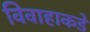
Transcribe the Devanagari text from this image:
विवाहाकडे